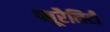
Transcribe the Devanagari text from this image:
प्लूरैलिटी